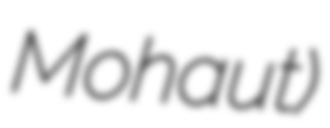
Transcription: Mohaut)